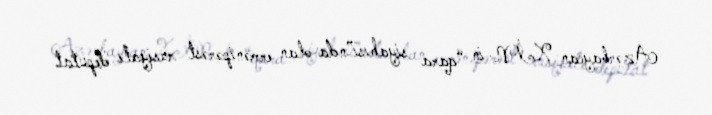
Azərbaycan XİN-in “qara siyahısı”nda olan ermənipərəst rusiyalı deputat